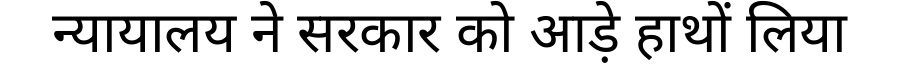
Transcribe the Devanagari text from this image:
न्यायालय ने सरकार को आड़े हाथों लिया